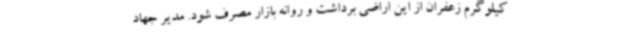
کیلوگرم زعفران از این اراضی برداشت و روانه بازار مصرف شود. مدیر جهاد